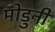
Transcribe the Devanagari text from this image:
मोडुनी